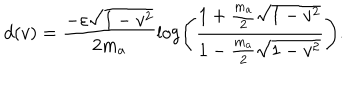
LaTeX: d ( v ) = \frac { - \varepsilon \sqrt { 1 - v ^ { 2 } } } { 2 m _ { a } } \log \left( \frac { 1 + \frac { m _ { a } } { 2 } \sqrt { 1 - v ^ { 2 } } } { 1 - \frac { m _ { a } } { 2 } \sqrt { 1 - v ^ { 2 } } } \right) .